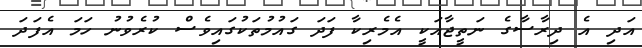
އަދި އެ ދިރާސާގެ ނަތީޖާއަކީ އެމެރިކާ ފަދަ ގައުމުތަކުގައިވެސް ކުރެވުނު ހަމަ އެފަދަ